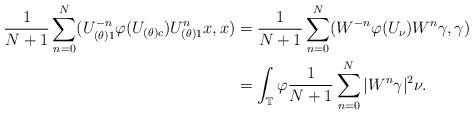
LaTeX: \begin{align*}\begin{aligned}\frac{1}{N+1}\sum_{n=0}^N (U_{(\theta)1}^{-n}\varphi(U_{(\theta)c})U_{(\theta)1}^nx,x) & = \frac{1}{N+1}\sum_{n=0}^N (W^{-n}\varphi(U_\nu)W^n\gamma,\gamma)\\&=\int_{\mathbb T}\varphi\frac{1}{N+1}\sum_{n=0}^N |W^n\gamma|^2\nu. \end{aligned}\end{align*}